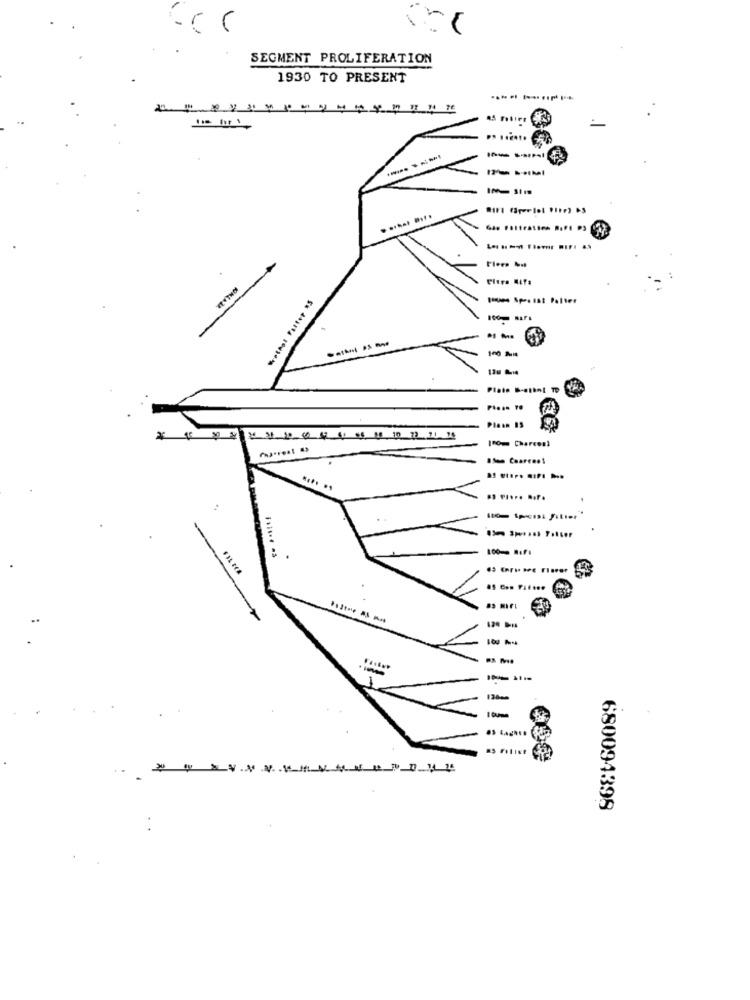
SEGMENT PROLIFERATION
1930 TO PRESENT
.. ......
100 Mi
---
Plaan 15
.. ..... ....
.
120 -
120m
680094398